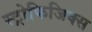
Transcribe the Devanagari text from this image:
स्ट्रोफिजिक्स